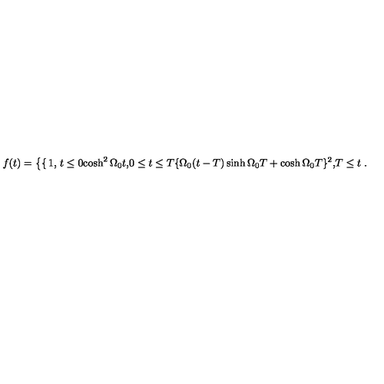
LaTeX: f ( t ) = \left\{ \begin{cases} { 1 \hfill , } & { t \leq 0 } \\ { \cosh ^ { 2 } \Omega _ { 0 } t \hfill , } & { 0 \leq t \leq T } \\ { \{ \Omega _ { 0 } ( t - T ) \sinh \Omega _ { 0 } T + \cosh \Omega _ { 0 } T \} ^ { 2 } \hfill , } & { T \leq t } \\ \end{cases} \right. .